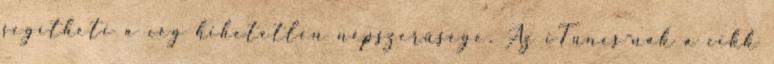
segítheti a cég hihetetlen népszerűsége. Az iTunes-nak a cikk